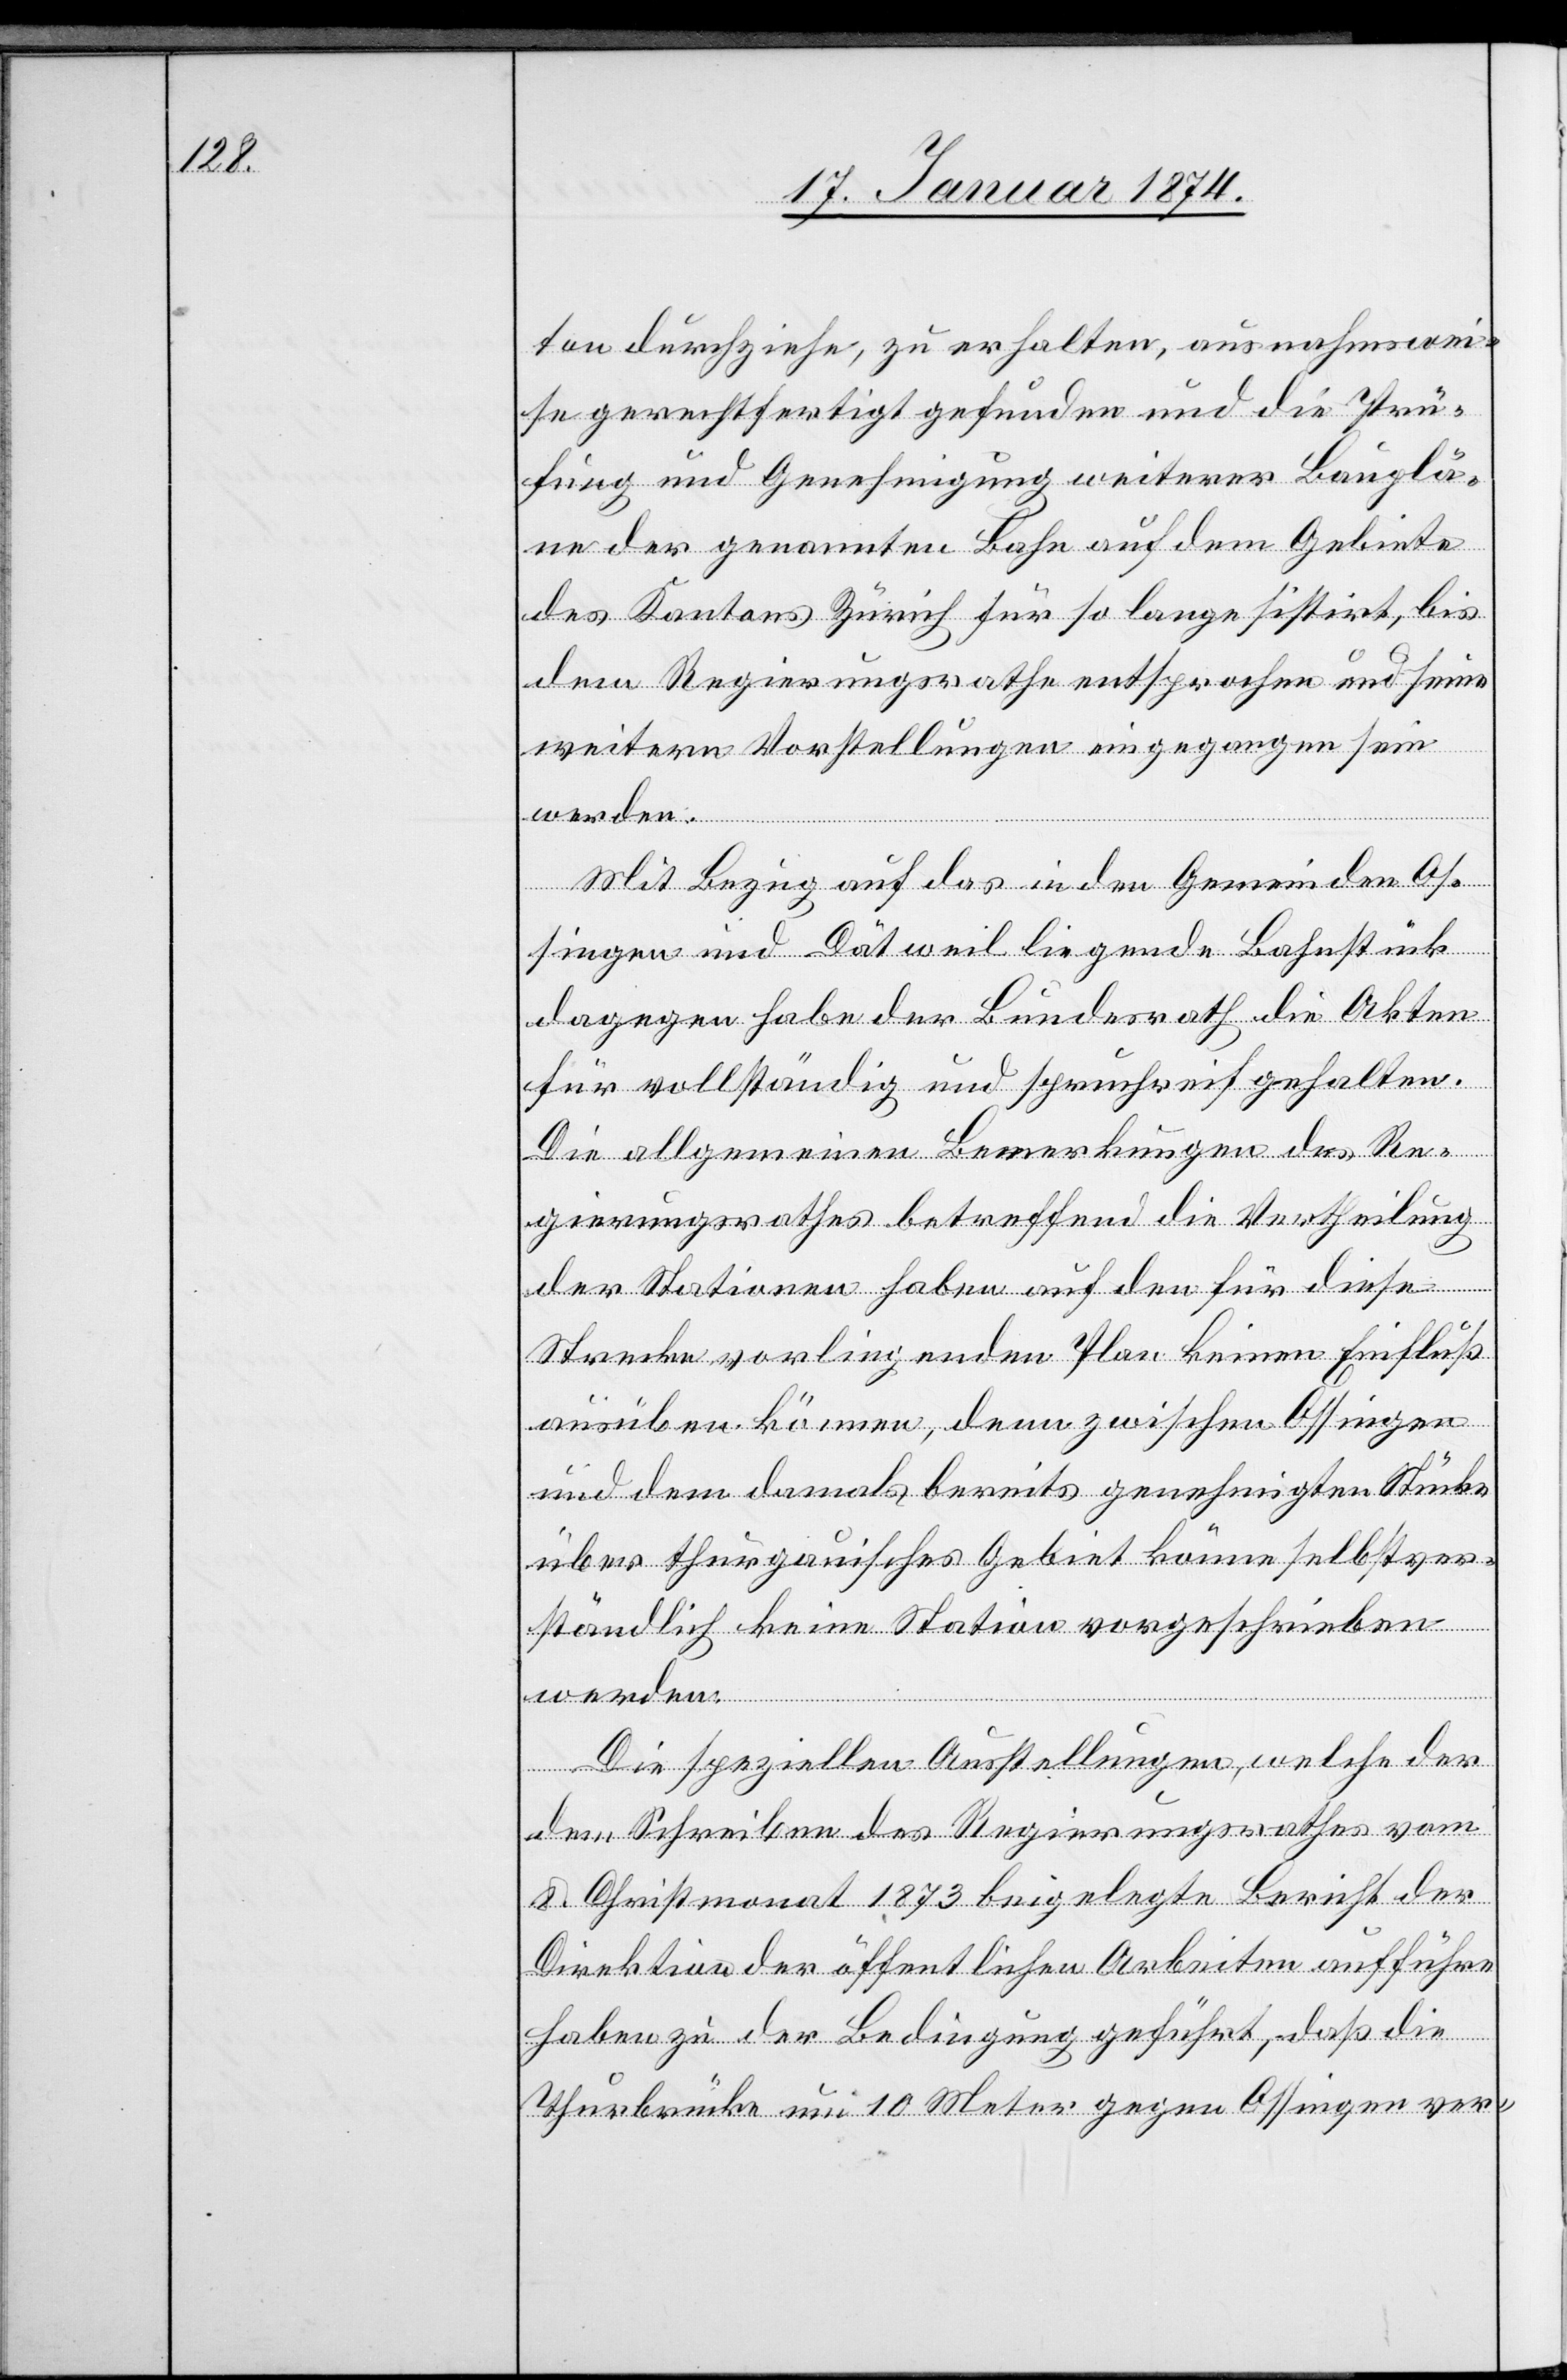
ton durchziehe, zu erhalten, ausnahmswei¬
se gerechtfertigt gefunden und die Prü¬
fung und Genehmigung weiterer Bauplä¬
ne der genannten Bahn auf dem Gebiete
des Kantons Zürich für so lange sistirt, bis
dem Regierungsrathe entsprochen und seine
weitere Vorstellung eingegangen sein
werden.
Mit bezug auf das in den Gemeinden Os¬
singen und Dötweil liegende Bahnstück
dagegen habe der Bundesrath die Akten
für vollständig und spruchreif gehalten.
Die allgemeinen Bemerkungen des Re¬
gierungsrathes betreffend die Vertheilung
der Stationen haben auf den für diese
Strecke vorliegenden Plan keinen Einfluß
ausüben können, denn zwischen Ossingen
und dem damals bereits genehmigten Stück
über thurgauisches Gebiet könne selbstver¬
ständlich keine Station vorgeschrieben
werden.
Die speziellen Ausstellungen, welche der
dem Schreiben des Regierungsrathes vom
8. Christmonat 1873 beigelegte Bericht der
Direktion der öffentlichen Arbeiten aufführe
haben zu der Bedingung geführt, daß die
Thurbrücke um 10 Meter gegen Ossingen ver-